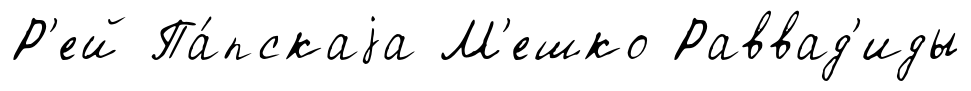
Р'ей Па́пскаjа М'ешко Раввад'иды